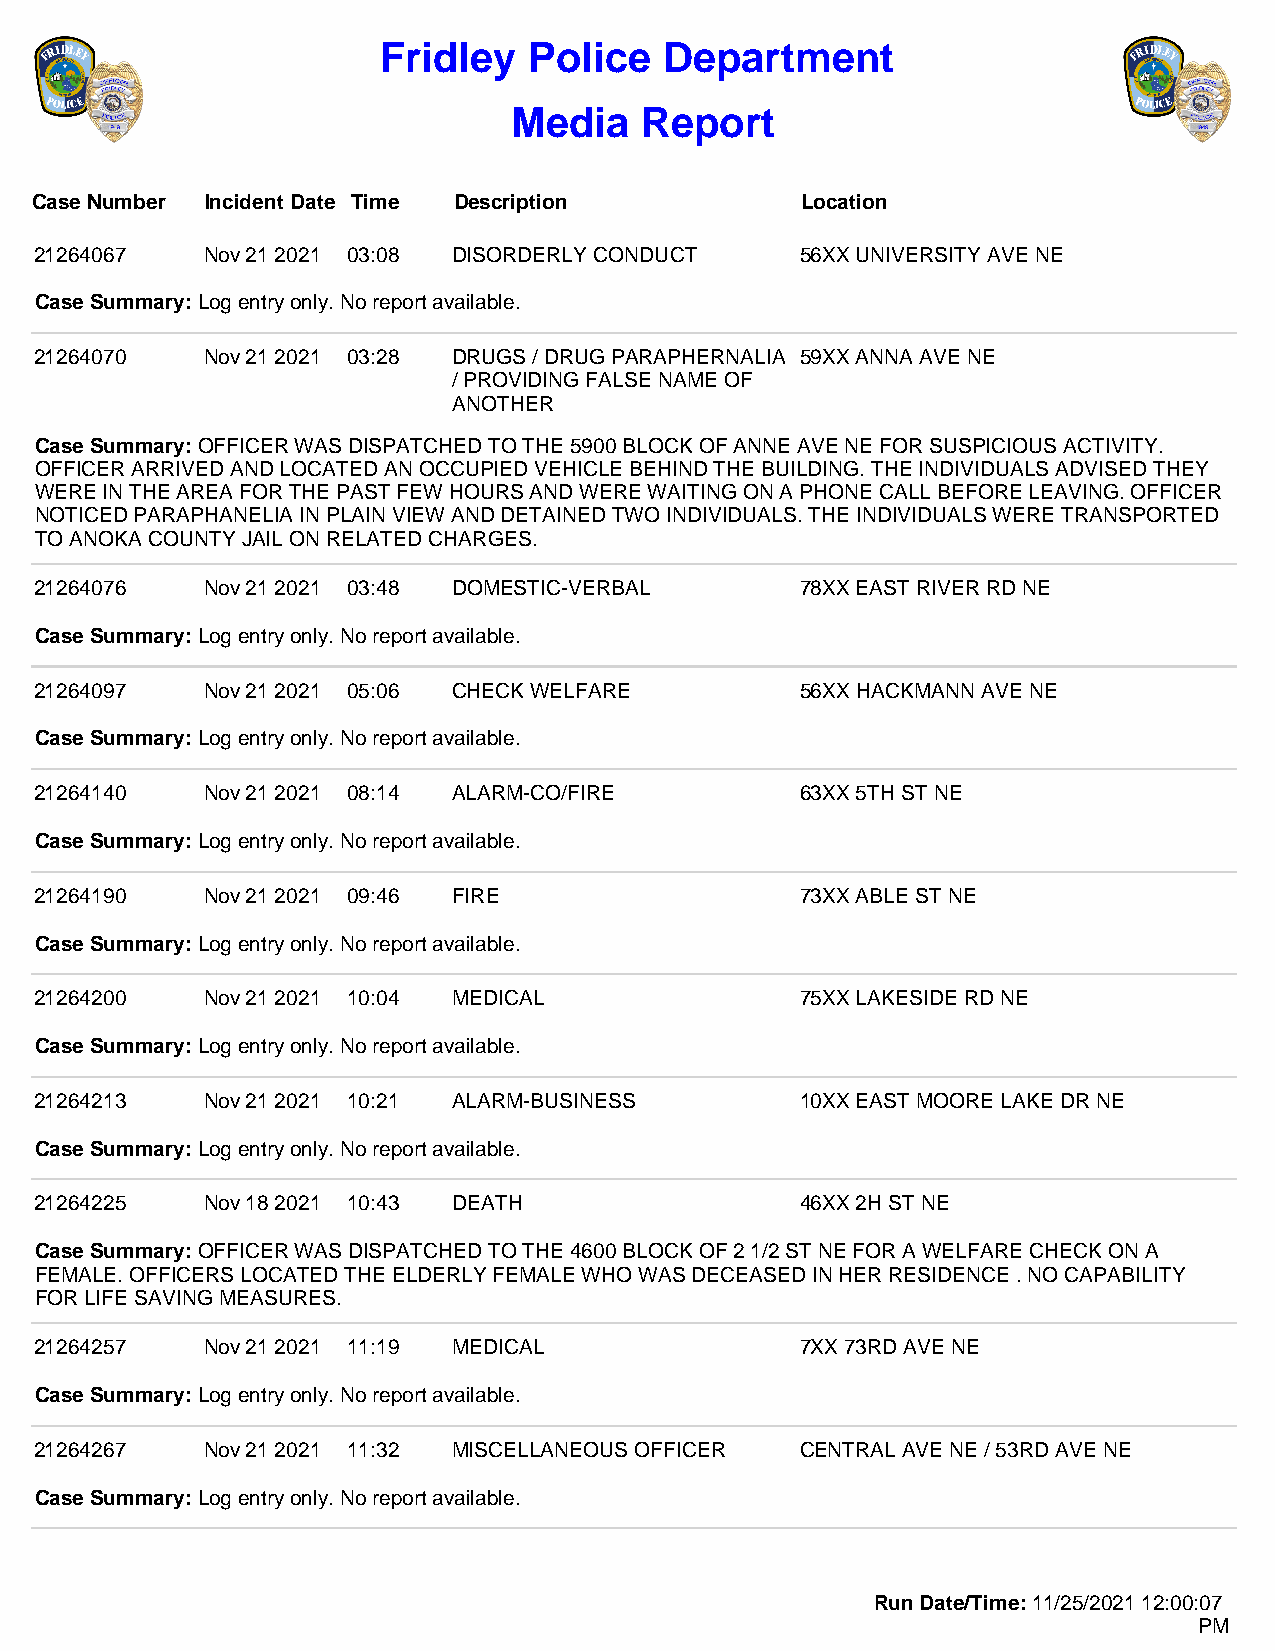
Fridley   Police   Department
 Media   Report
 Case Number Incident Date Time Description         Location
 21264067   Nov 21 2021 03:08 DISORDERLY CONDUCT    56XX UNIVERSITY AVE NE
 Case Summary: Log entry only. No report available.
 21264070   Nov 21 2021 03:28 DRUGS / DRUG PARAPHERNALIA 59XX ANNA AVE NE
 / PROVIDING FALSE NAME OF
 ANOTHER
 Case Summary: OFFICER WAS DISPATCHED TO THE 5900 BLOCK OF ANNE AVE NE FOR SUSPICIOUS ACTIVITY.
 OFFICER ARRIVED AND LOCATED AN OCCUPIED VEHICLE BEHIND THE BUILDING. THE INDIVIDUALS ADVISED THEY
 WERE IN THE AREA FOR THE PAST FEW HOURS AND WERE WAITING ON A PHONE CALL BEFORE LEAVING. OFFICER
 NOTICED PARAPHANELIA IN PLAIN VIEW AND DETAINED TWO INDIVIDUALS. THE INDIVIDUALS WERE TRANSPORTED
 TO ANOKA COUNTY JAIL ON RELATED CHARGES.
 21264076   Nov 21 2021 03:48 DOMESTIC-VERBAL       78XX EAST RIVER RD NE
 Case Summary: Log entry only. No report available.
 21264097   Nov 21 2021 05:06 CHECK WELFARE         56XX HACKMANN AVE NE
 Case Summary: Log entry only. No report available.
 21264140   Nov 21 2021 08:14 ALARM-CO/FIRE         63XX 5TH ST NE
 Case Summary: Log entry only. No report available.
 21264190   Nov 21 2021 09:46 FIRE                  73XX ABLE ST NE
 Case Summary: Log entry only. No report available.
 21264200   Nov 21 2021 10:04 MEDICAL               75XX LAKESIDE RD NE
 Case Summary: Log entry only. No report available.
 21264213   Nov 21 2021 10:21 ALARM-BUSINESS        10XX EAST MOORE LAKE DR NE
 Case Summary: Log entry only. No report available.
 21264225   Nov 18 2021 10:43 DEATH                 46XX 2H ST NE
 Case Summary: OFFICER WAS DISPATCHED TO THE 4600 BLOCK OF 2 1/2 ST NE FOR A WELFARE CHECK ON A
 FEMALE. OFFICERS LOCATED THE ELDERLY FEMALE WHO WAS DECEASED IN HER RESIDENCE . NO CAPABILITY
 FOR LIFE SAVING MEASURES.
 21264257   Nov 21 2021 11:19 MEDICAL               7XX 73RD AVE NE
 Case Summary: Log entry only. No report available.
 21264267   Nov 21 2021 11:32 MISCELLANEOUS OFFICER CENTRAL AVE NE / 53RD AVE NE
 Case Summary: Log entry only. No report available.
 Run Date/Time: 11/25/2021 12:00:07
 PM